Leaving Certificate Examination (including Day School Certificate (Higher) General paper), 1935
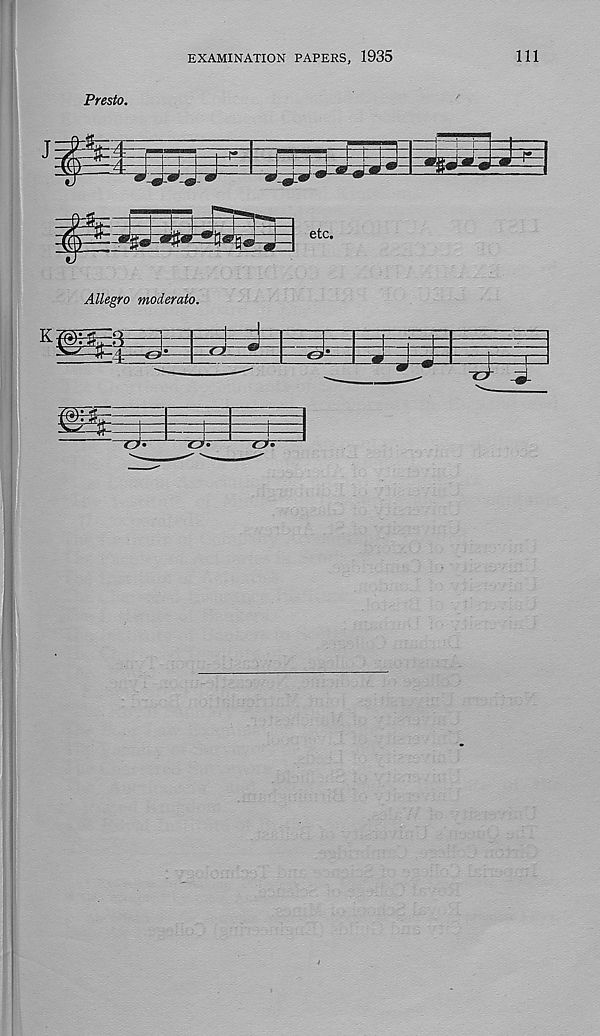
EXAMINATION PAPERS, 1935
111
Presto.